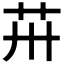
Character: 𦬢